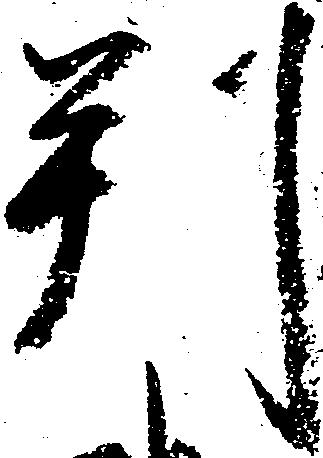
判